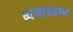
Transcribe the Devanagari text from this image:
ध्वजास्तम्भ